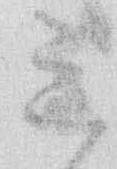
ミ